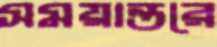
সময়ান্তরে